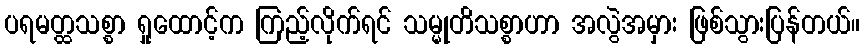
ပရမတ္ထသစ္စာ ရှုထောင့်က ကြည့်လိုက်ရင် သမ္မုတိသစ္စာဟာ အလွဲအမှား ဖြစ်သွားပြန်တယ်။